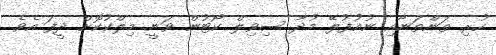
ހުރި ތަންތަނާއި ނުއުފުލޭ މުދާ ސިވިލް ކޯޓުން ވަނީ މިލްކުކޮށް ދީފަ އެވެ.